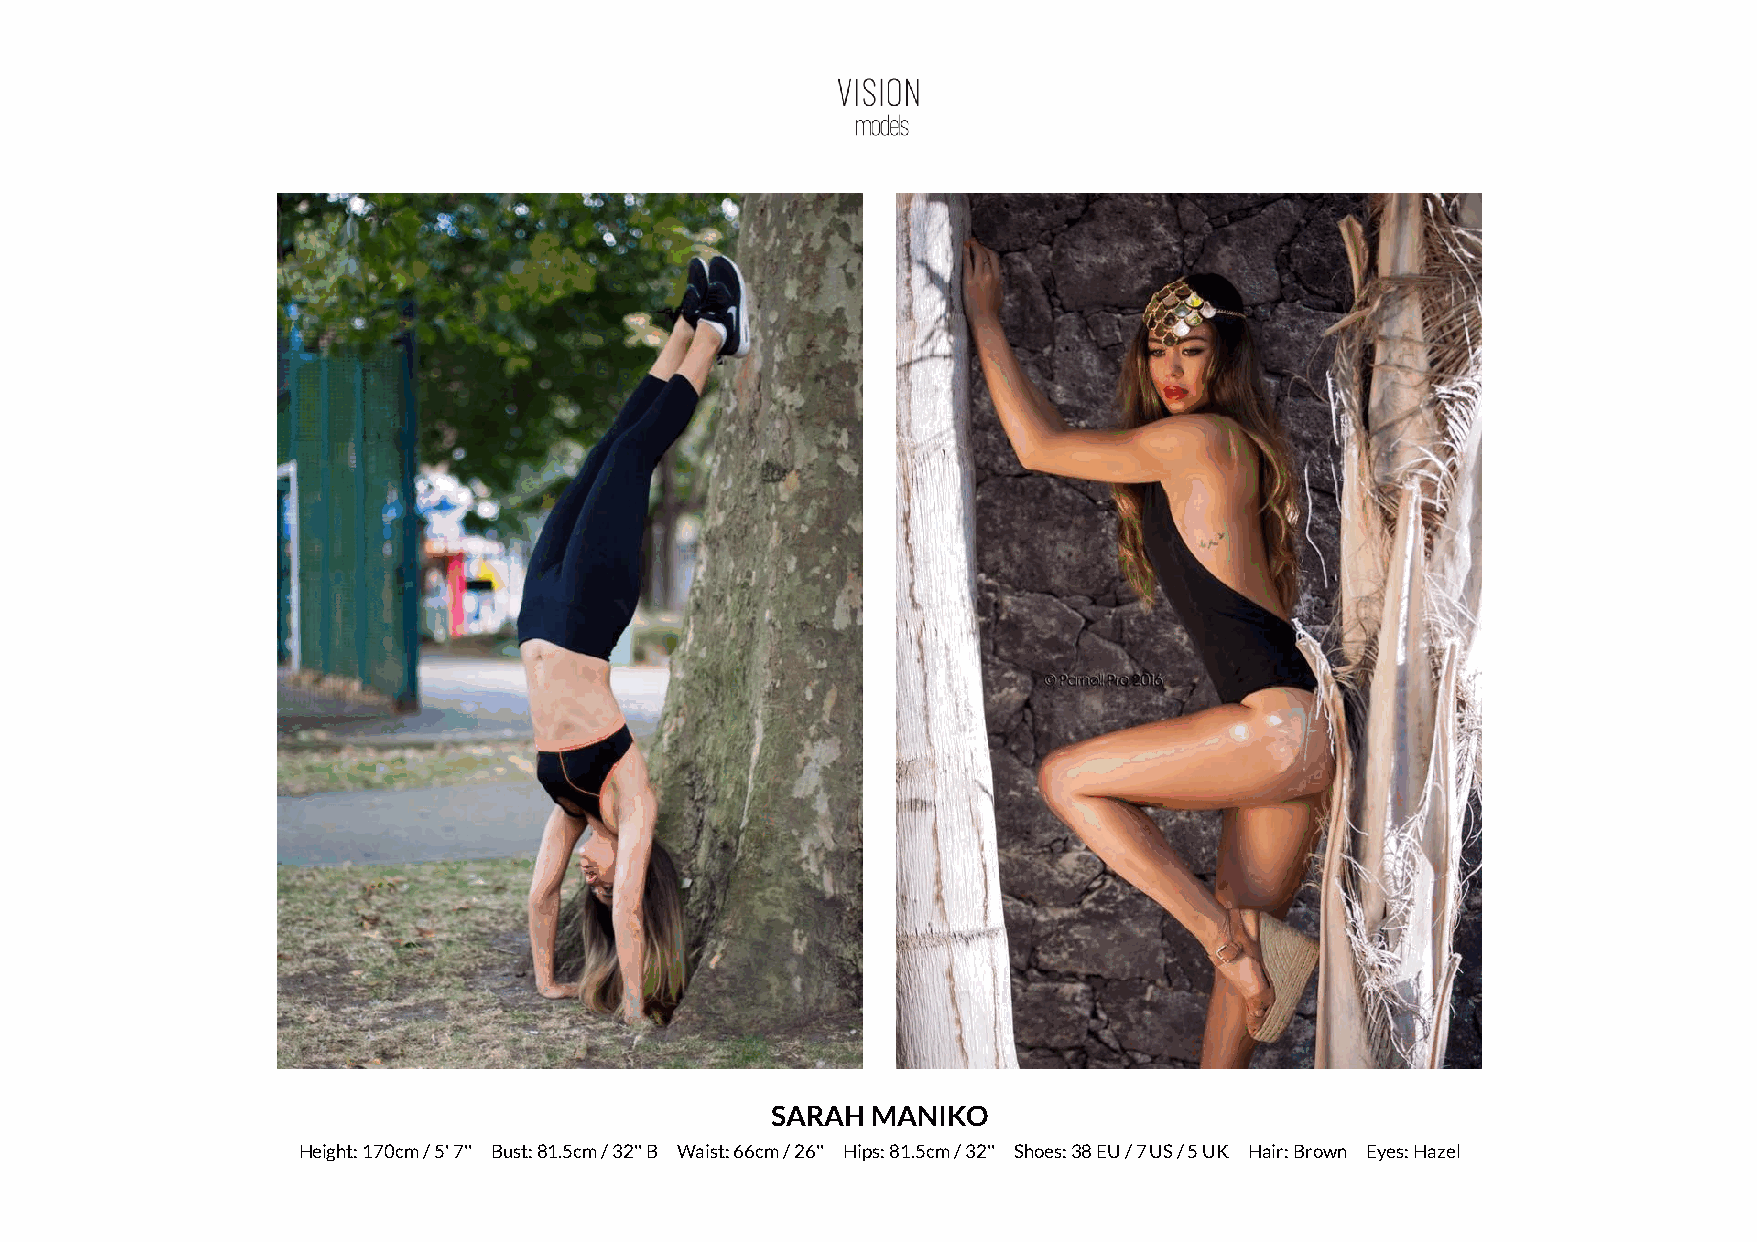
SARAH  MANIKO
 Height: 170cm / 5' 7'' Bust: 81.5cm / 32'' B Waist: 66cm / 26'' Hips: 81.5cm / 32'' Shoes: 38 EU / 7 US / 5 UK Hair: Brown Eyes: Hazel